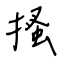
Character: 搔